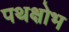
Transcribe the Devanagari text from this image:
पथक्षोभ